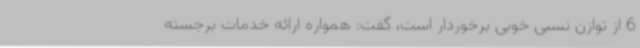
6 از توازن نسبی خوبی برخوردار است، گفت: همواره ارائه خدمات برجسته